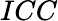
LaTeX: ICC